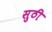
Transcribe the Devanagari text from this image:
सुठी